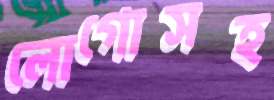
লোগোসহ